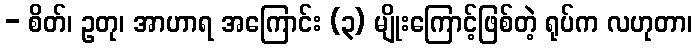
- စိတ်၊ ဥတု၊ အာဟာရ အကြောင်း (၃) မျိုးကြောင့်ဖြစ်တဲ့ ရုပ်က လဟုတာ၊